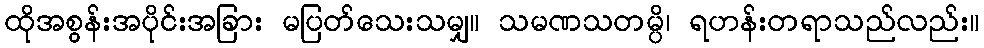
ထိုအစွန်းအပိုင်းအခြား မပြတ်သေးသမျှ။ သမဏသတမ္ပိ၊ ရဟန်းတရာသည်လည်း။